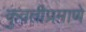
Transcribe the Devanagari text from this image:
कुवतीप्रमाणे